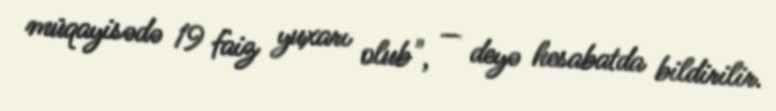
müqayisədə 19 faiz yuxarı olub", — deyə hesabatda bildirilir.